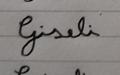
Signature authenticity: forged